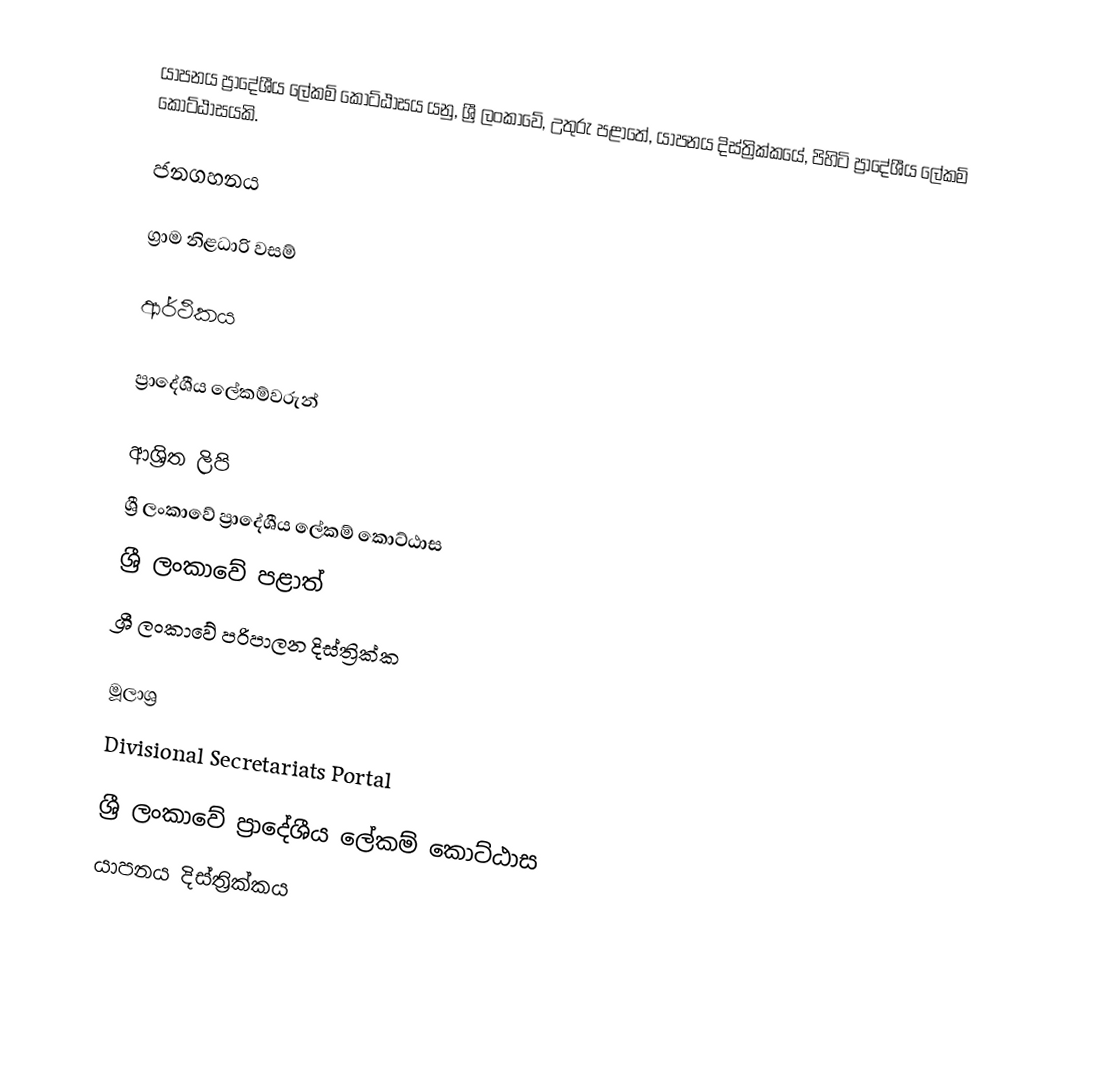
යාපනය ප්‍රාදේශීය ලේකම් කොට්ඨාසය යනු,  ශ්‍රී ලංකාවේ, උතුරු පළාතේ,   යාපනය දිස්ත්‍රික්කයේ, පිහිටි ප්‍රාදේශීය ලේකම් කොට්ඨාසයකි.

ජනගහනය

ග්‍රාම නිළධාරි වසම්

ආර්ථිකය

ප්‍රාදේශීය ලේකම්වරුන්

ආශ්‍රිත ලිපි
ශ්‍රී ලංකාවේ ප්‍රාදේශීය ලේකම් කොට්ඨාස
ශ්‍රී ලංකාවේ පළාත්
ශ්‍රී ලංකාවේ පරිපාලන දිස්ත්‍රික්ක

මූලාශ්‍ර
 Divisional Secretariats Portal

ශ්‍රී ලංකාවේ ප්‍රාදේශීය ලේකම් කොට්ඨාස
යාපනය දිස්ත්‍රික්කය